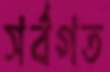
সর্বগত